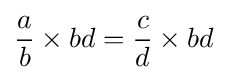
{\frac {a}{b}}\times bd={\frac {c}{d}}\times bd